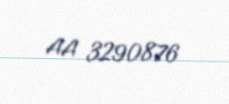
AA 3290876